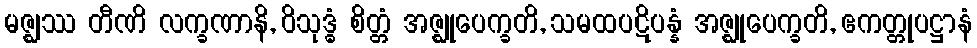
မဇ္ဈဿ တီဏိ လက္ခဏာနိ, ဝိသုဒ္ဓံ စိတ္တံ အဇ္ဈုပေက္ခတိ, သမထပဋိပန္နံ အဇ္ဈုပေက္ခတိ, ဧကတ္တုပဋ္ဌာနံ